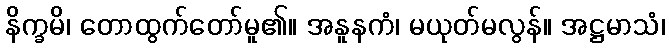
နိက္ခမိ၊ တောထွက်တော်မူ၏။ အနူနကံ၊ မယုတ်မလွန်။ အဋ္ဌမာသံ၊